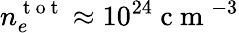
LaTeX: n_{e}^{\mathrm{~t~o~t~}}\approx 10^{24}\mathrm{~c~m~}^{-3}